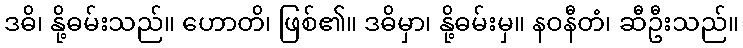
ဒဓိ၊ နို့ဓမ်းသည်။ ဟောတိ၊ ဖြစ်၏။ ဒဓိမှာ၊ နို့ဓမ်းမှ။ နဝနီတံ၊ ဆီဦးသည်။